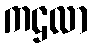
ကဌလာ